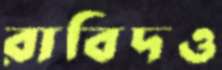
রাবিদও